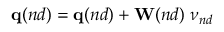
\mathbf { q } ( n d ) = \mathbf { q } ( n d ) + \mathbf { W } ( n d ) \; \nu _ { n d }